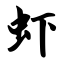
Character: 虾